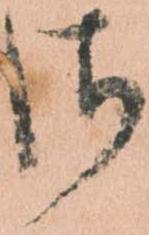
さ